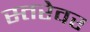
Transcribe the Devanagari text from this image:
स्तरेवर